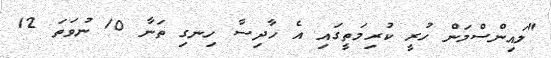
"ލައިންސްމަން ހުރީ ކުރިމަތީގައި އެ ހާދިސާ ހިނގި ތަނާ 10 ނުވަތަ 12